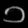
Digit: ၁